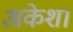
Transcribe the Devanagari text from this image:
अकेशा